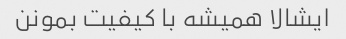
ایشالا همیشه با کیفیت بمونن